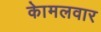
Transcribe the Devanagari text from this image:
काेमलवार